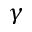
\gamma